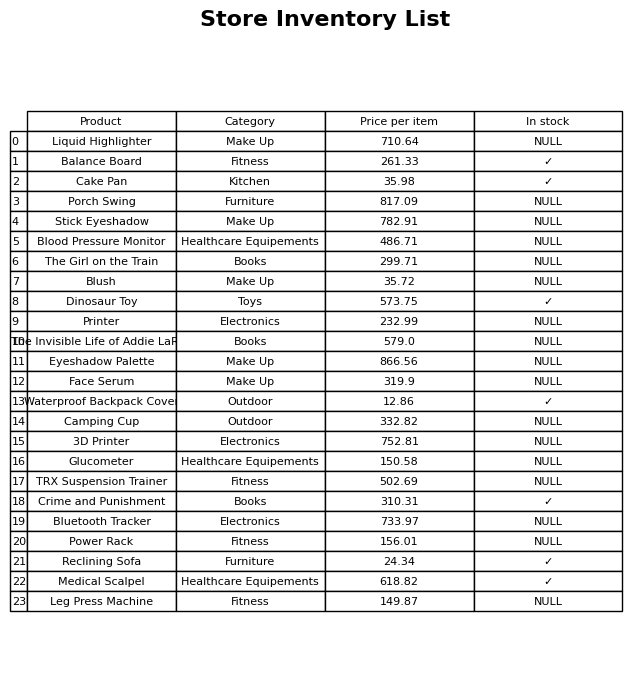
question: Is the Camping Cup in stock?
answer: NULL